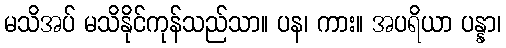
မသိအပ် မသိနိုင်ကုန်သည်သာ။ ပန၊ ကား။ အပရိယာ ပန္နာ၊